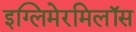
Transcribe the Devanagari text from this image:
इग्लिमेरमिलॉस